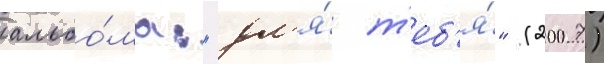
альбо́ма: "дл'я́ т'еб'я́" (2007)